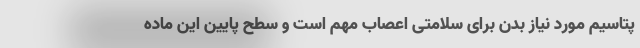
پتاسیم مورد نیاز بدن برای سلامتی اعصاب مهم است و سطح پایین این ماده